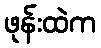
ဖုန်းထဲက